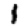
Digit: 1